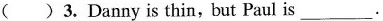
( )3. Danny is thin,but Paul is____